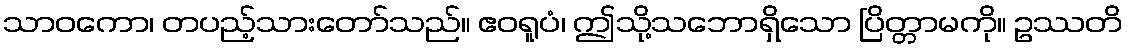
သာဝကော၊ တပည့်သားတော်သည်။ ဧဝရူပံ၊ ဤသို့သဘောရှိသော ပြိတ္တာမကို။ ဥဿတိ